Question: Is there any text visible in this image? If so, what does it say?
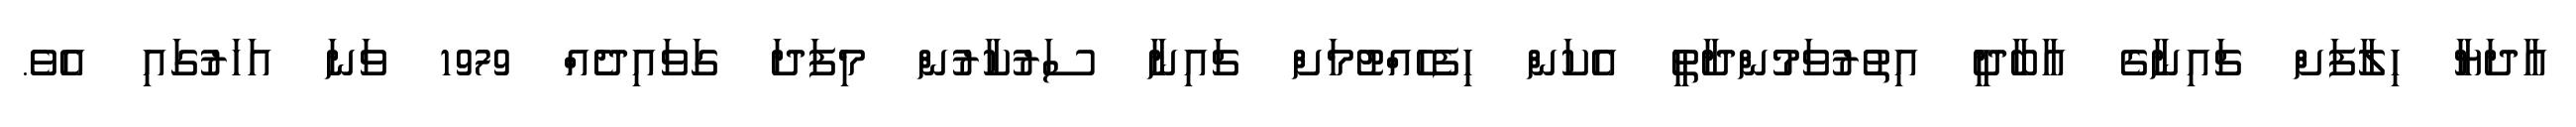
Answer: އާދަޔާ ހިލާފަށް ޗައިނާގެ އާބާދީ އިތުރުވަމުންދާތީ އެކަން ހިފެހެއްޓުމަށް ޗައިނާ ސަރުކާރުން މިފަދަ ގަވައިދެއް 1979 ވަނަ އަހަރުގައި އެވެ.